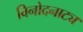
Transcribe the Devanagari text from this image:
विनोदनाट्य